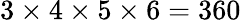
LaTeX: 3\times 4\times 5\times 6=360